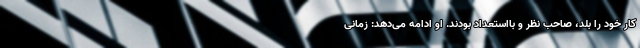
کار خود را بلد، صاحب نظر و بااستعداد بودند. او ادامه می‌دهد: زمانی